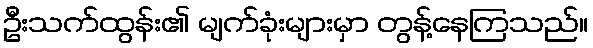
ဦးသက်ထွန်း၏ မျက်ခုံးများမှာ တွန့်နေကြသည်။